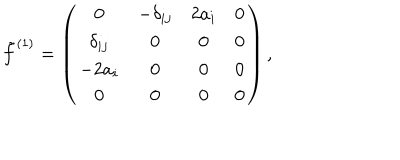
\tilde { f } ^ { ( 1 ) } = \left( \begin{array} { c c c c } { { 0 } } & { { - \delta _ { i j } } } & { { 2 a _ { i } } } & { { 0 } } \\ { { \delta _ { i j } } } & { { 0 } } & { { 0 } } & { { 0 } } \\ { { - 2 a _ { i } } } & { { 0 } } & { { 0 } } & { { 0 } } \\ { { 0 } } & { { 0 } } & { { 0 } } & { { 0 } } \\ \end{array} \right) ,